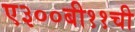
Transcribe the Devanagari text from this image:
ए३००बी११ची